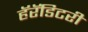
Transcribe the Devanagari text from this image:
हॅरॅडिटरी